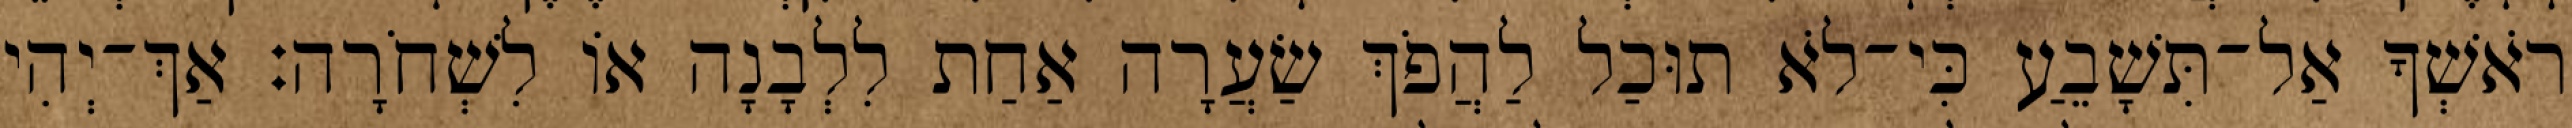
רֹאשְׁךָ אַל־תִּשָׁבֵעַ כִּי־לֹא תוּכַל לַהֲפֹךְ שַׂעֲרָה אַחַת לִלְבָנָה אוֹ לִשְׁחֹרָה׃ אַךְ־יְהִי